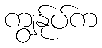
ကျွန်ုပ်က